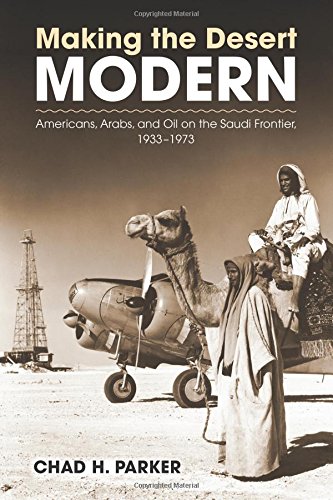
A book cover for Making the Desert Modern: Americans, Arabs, and Oil on the Saudi Frontier, 1933-1973 (Culture, Politics, and the Cold War); Chad Parker; History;